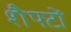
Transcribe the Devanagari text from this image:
शैफ्टों